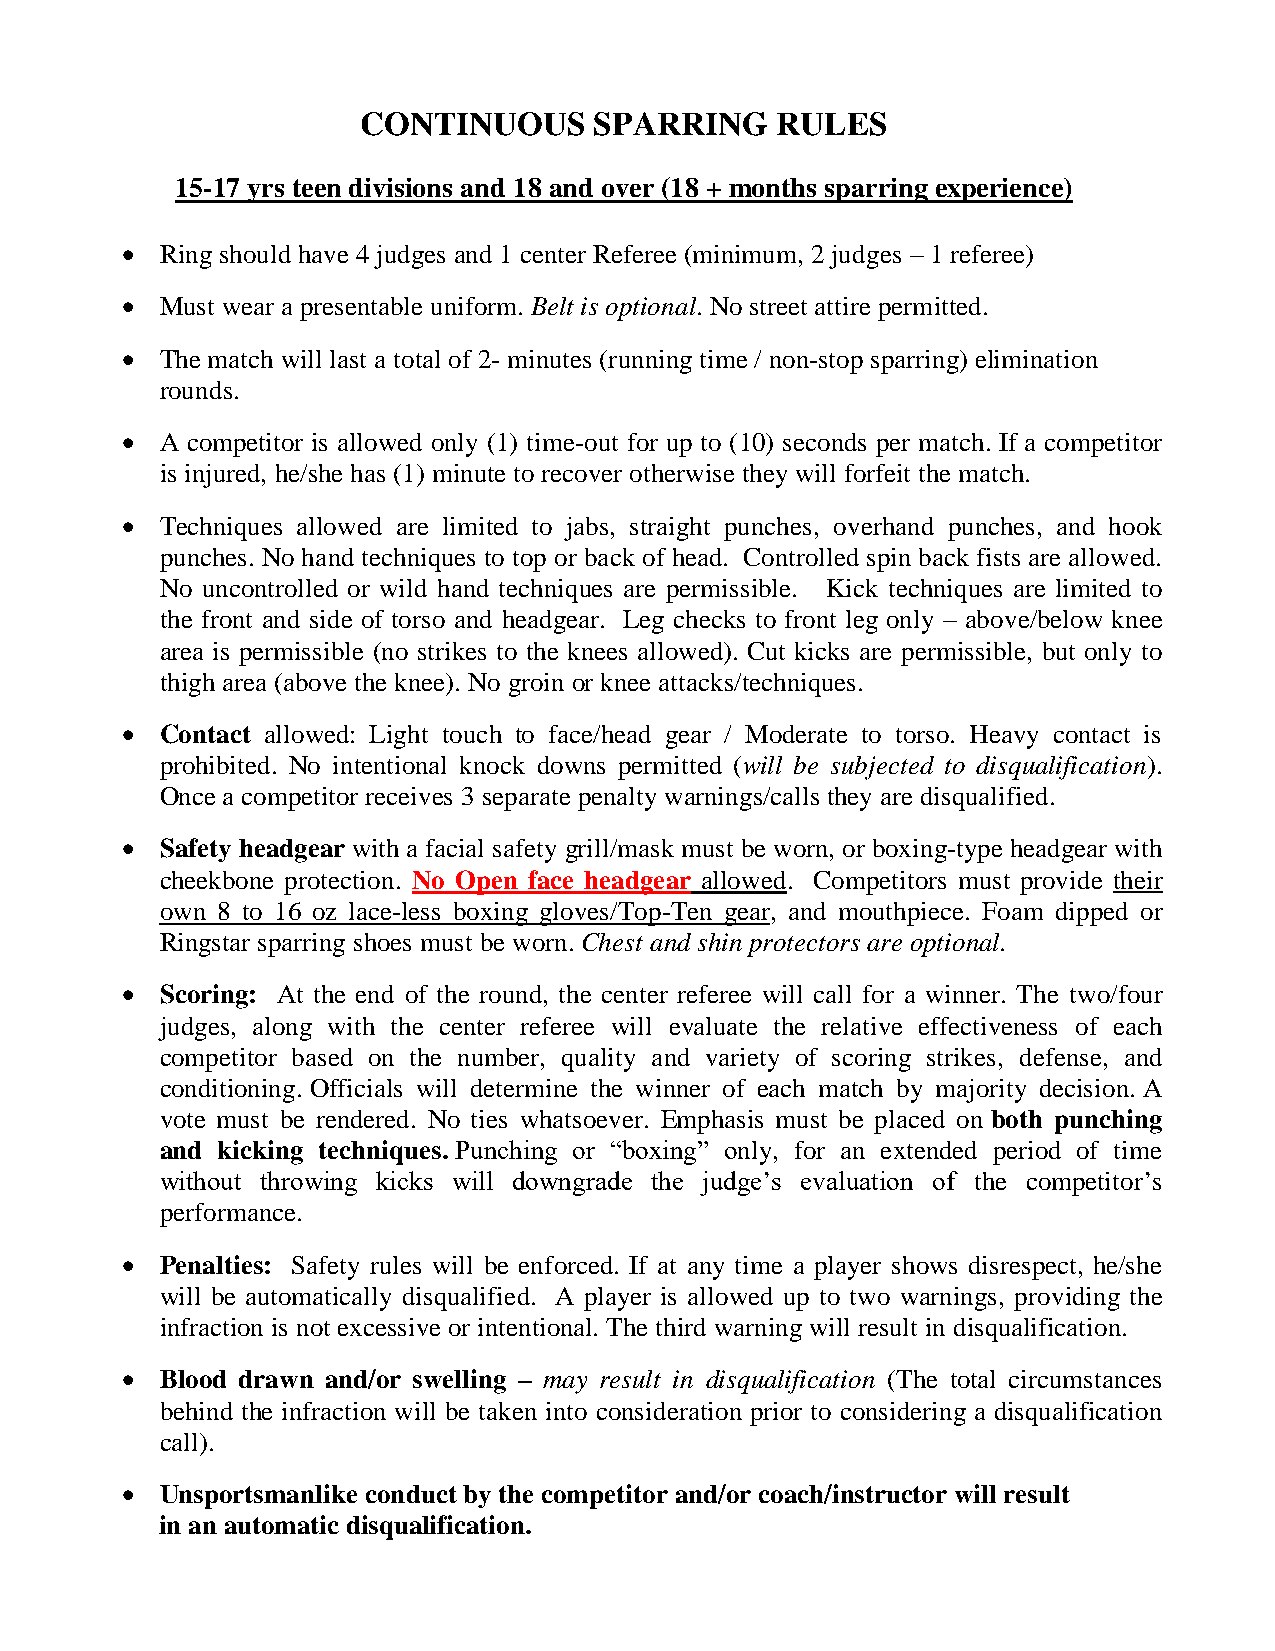
CONTINUOUS     SPARRING    RULES
 15-17 yrs teen divisions and 18 and over (18 + months sparring experience)
 •  Ring should have 4 judges and 1 center Referee (minimum, 2 judges – 1 referee)
 •  Must wear a presentable uniform. Belt is optional. No street attire permitted.
 •  The match will last a total of 2- minutes (running time / non-stop sparring) elimination
 rounds.
 •  A competitor is allowed only (1) time-out for up to (10) seconds per match. If a competitor
 is injured, he/she has (1) minute to recover otherwise they will forfeit the match.
 •  Techniques allowed are limited to jabs, straight punches, overhand punches, and hook
 punches. No hand techniques to top or back of head. Controlled spin back fists are allowed.
 No uncontrolled or wild hand techniques are permissible. Kick techniques are limited to
 the front and side of torso and headgear. Leg checks to front leg only – above/below knee
 area is permissible (no strikes to the knees allowed). Cut kicks are permissible, but only to
 thigh area (above the knee). No groin or knee attacks/techniques.
 •  Contact allowed: Light touch to face/head gear / Moderate to torso. Heavy contact is
 prohibited. No intentional knock downs permitted (will be subjected to disqualification).
 Once a competitor receives 3 separate penalty warnings/calls they are disqualified.
 •  Safety headgear with a facial safety grill/mask must be worn, or boxing-type headgear with
 cheekbone protection. No Open face headgear allowed. Competitors must provide their
 own 8 to 16 oz lace-less boxing gloves/Top-Ten gear, and mouthpiece. Foam dipped or
 Ringstar sparring shoes must be worn. Chest and shin protectors are optional.
 •  Scoring: At the end of the round, the center referee will call for a winner. The two/four
 judges, along with the center referee will evaluate the relative effectiveness of each
 competitor based on the number, quality and variety of scoring strikes, defense, and
 conditioning. Officials will determine the winner of each match by majority decision. A
 vote must be rendered. No ties whatsoever. Emphasis must be placed on both punching
 and kicking techniques. Punching or “boxing” only, for an extended period of time
 without throwing kicks will downgrade the judge’s evaluation of the competitor’s
 performance.
 •  Penalties: Safety rules will be enforced. If at any time a player shows disrespect, he/she
 will be automatically disqualified. A player is allowed up to two warnings, providing the
 infraction is not excessive or intentional. The third warning will result in disqualification.
 •  Blood drawn and/or swelling – may result in disqualification (The total circumstances
 behind the infraction will be taken into consideration prior to considering a disqualification
 call).
 •  Unsportsmanlike conduct by the competitor and/or coach/instructor will result
 in an automatic disqualification.